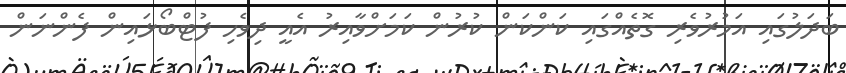
ބަދަލުގައި އަމުރުވެރި ގޮތެއްގައި ކަންކަން ކުރުން ކަމަށްވާއިރު އެއީ ދިވެހި ފުޓްބޯޅައިން ފެންނަން